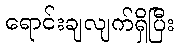
ရောင်းချလျက်ရှိပြီး